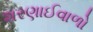
શરણાઈવાળો